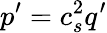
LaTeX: p^{\prime}=c_{s}^{2}q^{\prime}